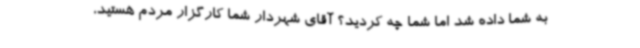
به شما داده شد اما شما چه کردید؟ آقای شهردار شما کارگزار مردم هستید،